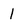
Character: 1